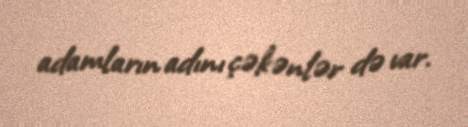
adamların adını çəkənlər də var.